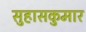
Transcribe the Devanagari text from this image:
सुहासकुमार